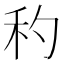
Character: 䄪